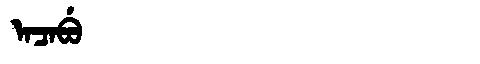
Manchu: ᠠᠴᠠᠪᡠ
Romanization: ACABU